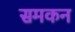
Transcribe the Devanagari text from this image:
समकन